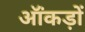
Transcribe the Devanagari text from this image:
ऑंकड़ों